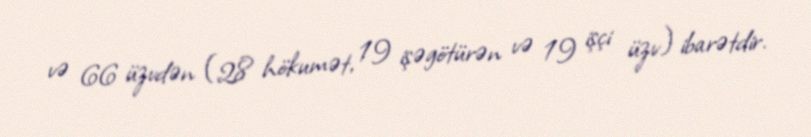
və 66 üzvdən (28 hökumət, 19 işəgötürən və 19 işçi üzv) ibarətdir.